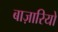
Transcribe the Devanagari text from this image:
बाज़ारियों